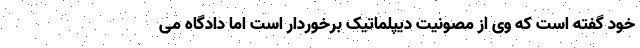
خود گفته است که وی از مصونیت دیپلماتیک برخوردار است اما دادگاه می